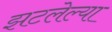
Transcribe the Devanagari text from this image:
झटलेल्या